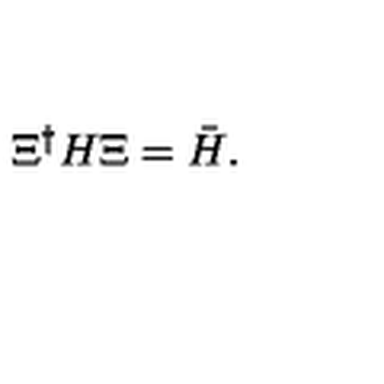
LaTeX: \Xi ^ { \dagger } H \Xi = { \bar { H } } .